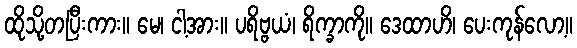
ထိုသို့တပြီးကား။ မေ၊ ငါ့အား။ ပရိဗ္ဗယံ၊ ရိက္ခာကို။ ဒေထာဟိ၊ ပေးကုန်လော့။